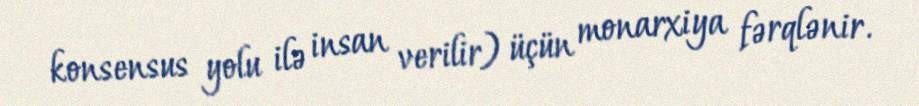
konsensus yolu ilə insan verilir) üçün monarxiya fərqlənir.